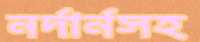
নর্দার্নসহ